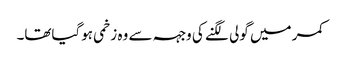
کمر میں گولی لگنے کی وجہہ سے وہ زخمی ہوگیاتھا۔